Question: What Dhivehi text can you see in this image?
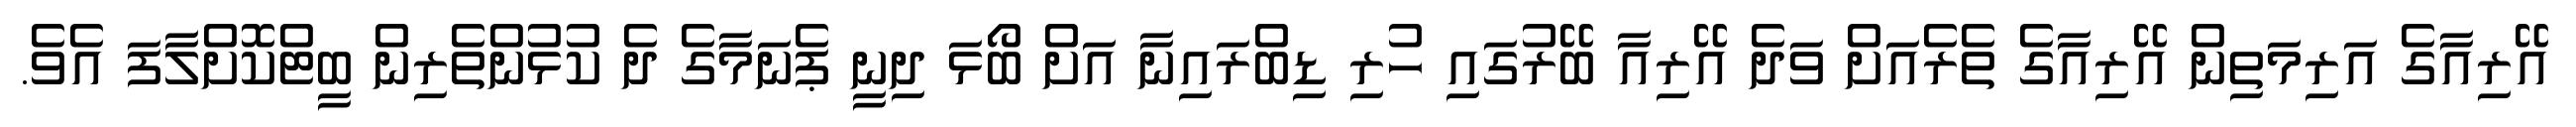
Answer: އޭރިއާގެ އަރިމަތިން އޭރިއާގެ ތެރެއަށް ވަދެ އޭރިއާ ބޭރުގައި ހުރި ޑިބްރައިނާ އަށް ބޯޅަ ދިނީ ޕެނަމާގެ ދެ ކުޅުންތެރިން ބީޓްކޮށްލާފަ އެވެ.